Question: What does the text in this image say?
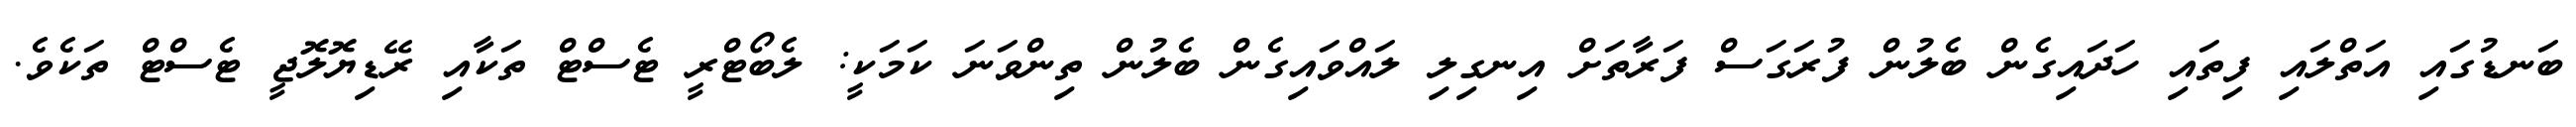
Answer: ބަނޑުގައި އަތްލައި ފިތައި ހަދައިގެން ބެލުން ފުރަގަސް ފަރާތަށް އިނގިލި ލައްވައިގެން ބެލުން ތިންވަނަ ކަމަކީ: ލެބޯޓްރީ ޓެސްޓް ތަކާއި ރޭޑިޔޮލޮޖީ ޓެސްޓް ތަކެވެ.